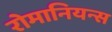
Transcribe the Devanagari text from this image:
रोमानियन्स